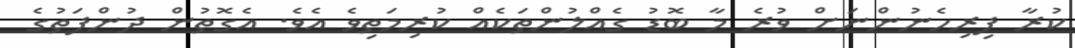
ކުރާ ފިރިހެނުންނަށް ވުރެ މާ ބޮޑު ގެއްލުންތަކެއް ކުރިމަތިވެ އެވެ. އެގޮތުން ދުންފަތުގެ